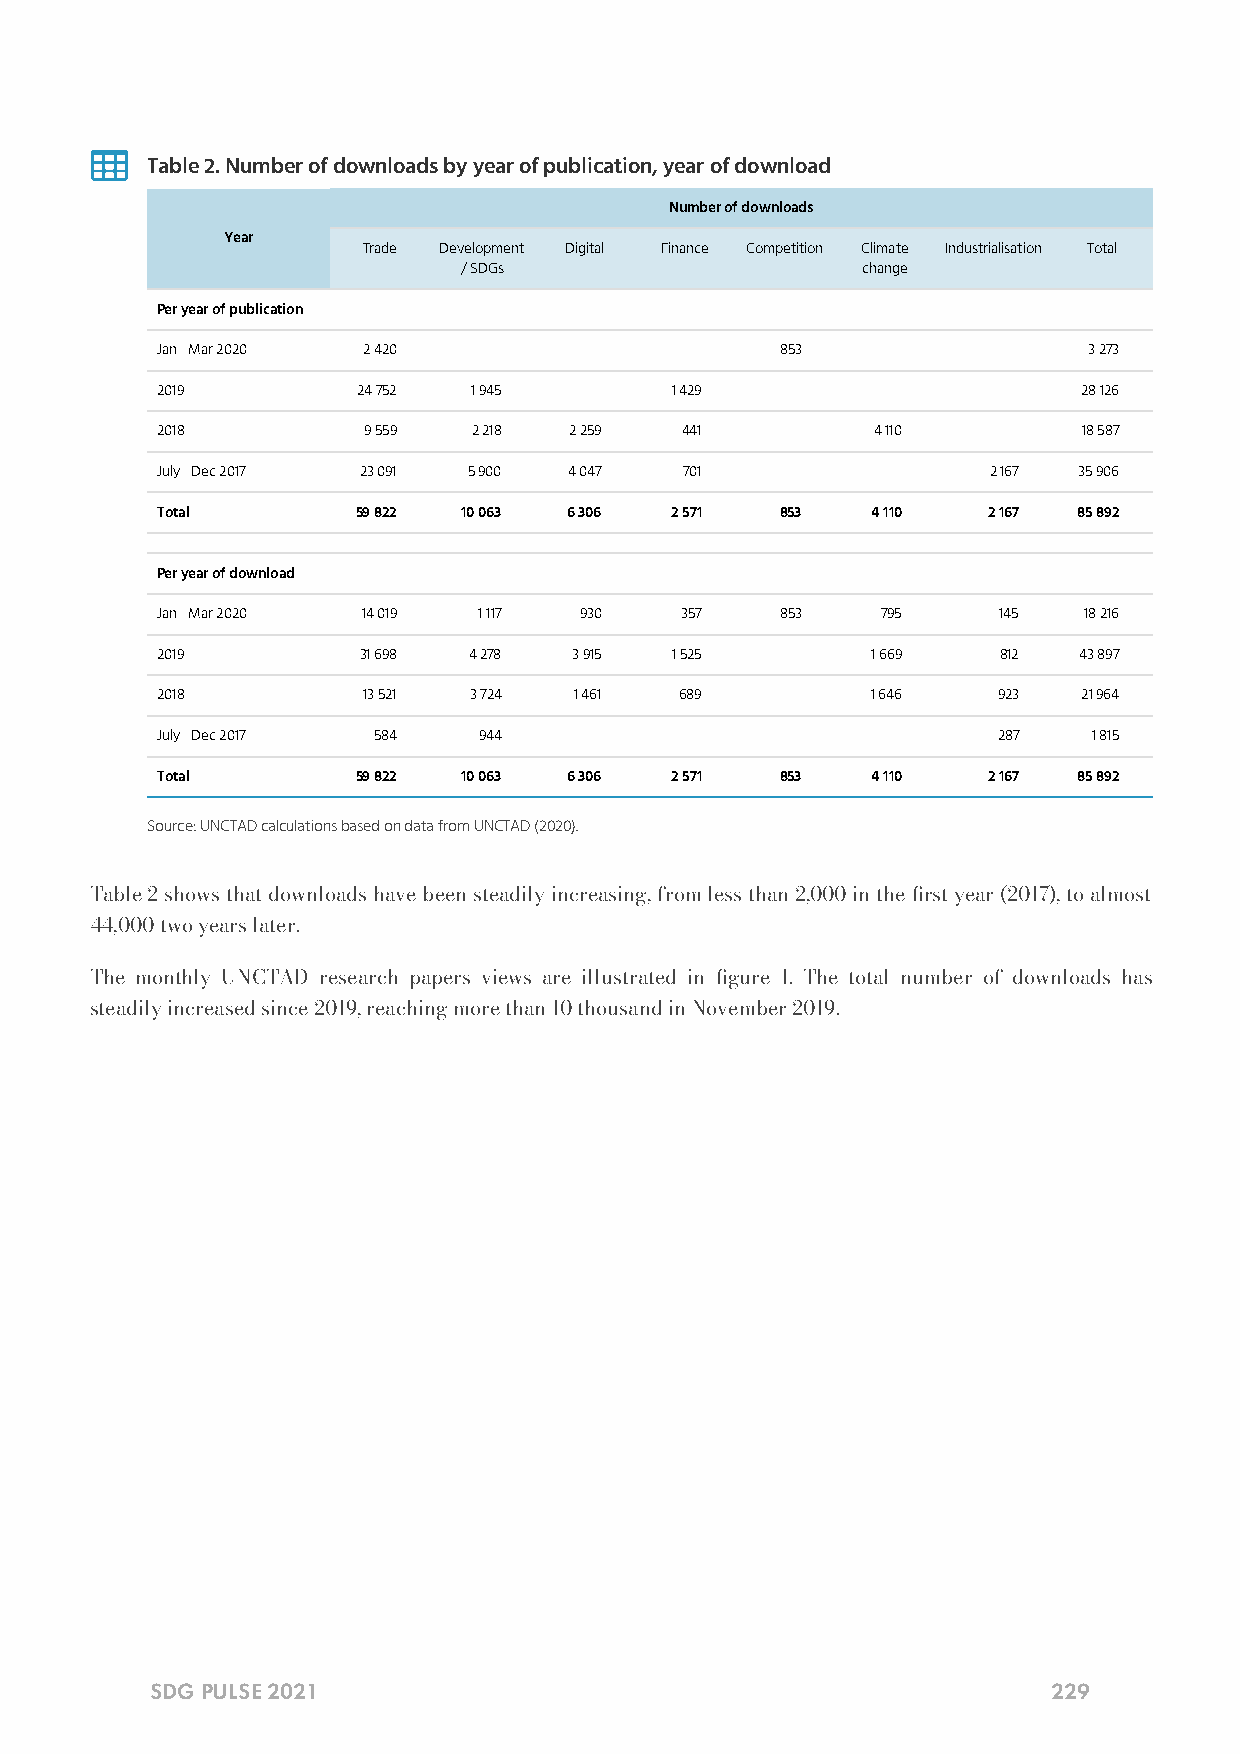

 Table 2. Number of downloads by year of publication, year of download
 Number of downloads
 Year
 Trade Development Digital Finance Competition Climate Industrialisation Total
 / SDGs                    change
 Per year of publication
 Jan - Mar 2020 2 420   -     -      -     853    -       -    3 273
 2019          24 752 1 945   -    1 429    -     -       -    28 126
 2018          9 559  2 218  2 259  441     -    4 110    -    18 587
 July - Dec 2017 23 091 5 900 4 047 701     -     -      2 167 35 906
 Total         59 822 10 063 6 306 2 571   853   4 110  2 167 85 892
 Per year of download
 Jan - Mar 2020 14 019 1 117 930    357    853   795     145   18 216
 2019          31 698 4 278  3 915 1 525    -    1 669   812  43 897
 2018          13 521 3 724  1 461  689     -    1 646   923   21 964
 July - Dec 2017 584   944    -      -      -     -      287   1 815
 Total         59 822 10 063 6 306 2 571   853   4 110  2 167 85 892
 Source: UNCTAD calculations based on data from UNCTAD (2020).
 Table 2 shows that downloads have been steadily increasing, from less than 2,000 in the rst year (2017), to almost
 44,000 two years later.
 The monthly UNCTAD research papers views are illustrated in gure 1. The total number of downloads has
 steadily increased since 2019, reaching more than 10 thousand in November 2019.
 SDG PULSE 2021                                              229